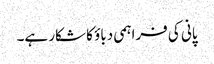
پانی کی فراہمی دباؤ کا شکار ہے۔